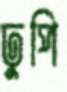
ঢুপি